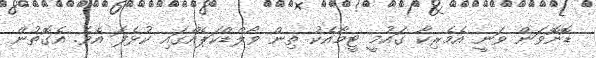
ޑޮނޮވަން ވަނީ އެމެރިކާ ގައުމީ ޓީމާއެކު ތިން ވޯލްޑްކަޕެއްގައި ކުޅެފަ އެވެ. އެގޮތުން